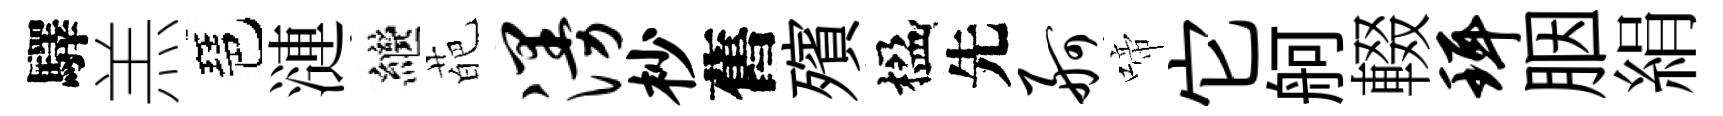
驛羔琶漣繼葩漫杪舊殯楹先舸啼它舸輟珥胭絹